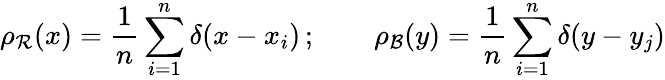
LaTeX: \rho_{\mathcal R}(x)=\frac{1}{n}\sum_{i=1}^{n}\delta(x-x_{i})\, ;\qquad\rho_{\mathcal B}(y)=\frac{1}{n}\sum_{i=1}^{n}\delta(y-y_{j})